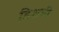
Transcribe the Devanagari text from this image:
डिशची